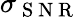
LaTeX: \sigma_{\mathrm{~S~N~R~}}